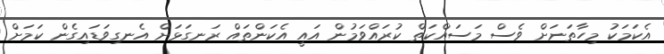
އެކަމަކު މިހާތަނަށް ވެސް މަސައްކަތް ކުރައްވަމުން އައީ އެކަންތައް ރަނގަޅަށް އެނގިވަޑައިގެން ކަމަށް